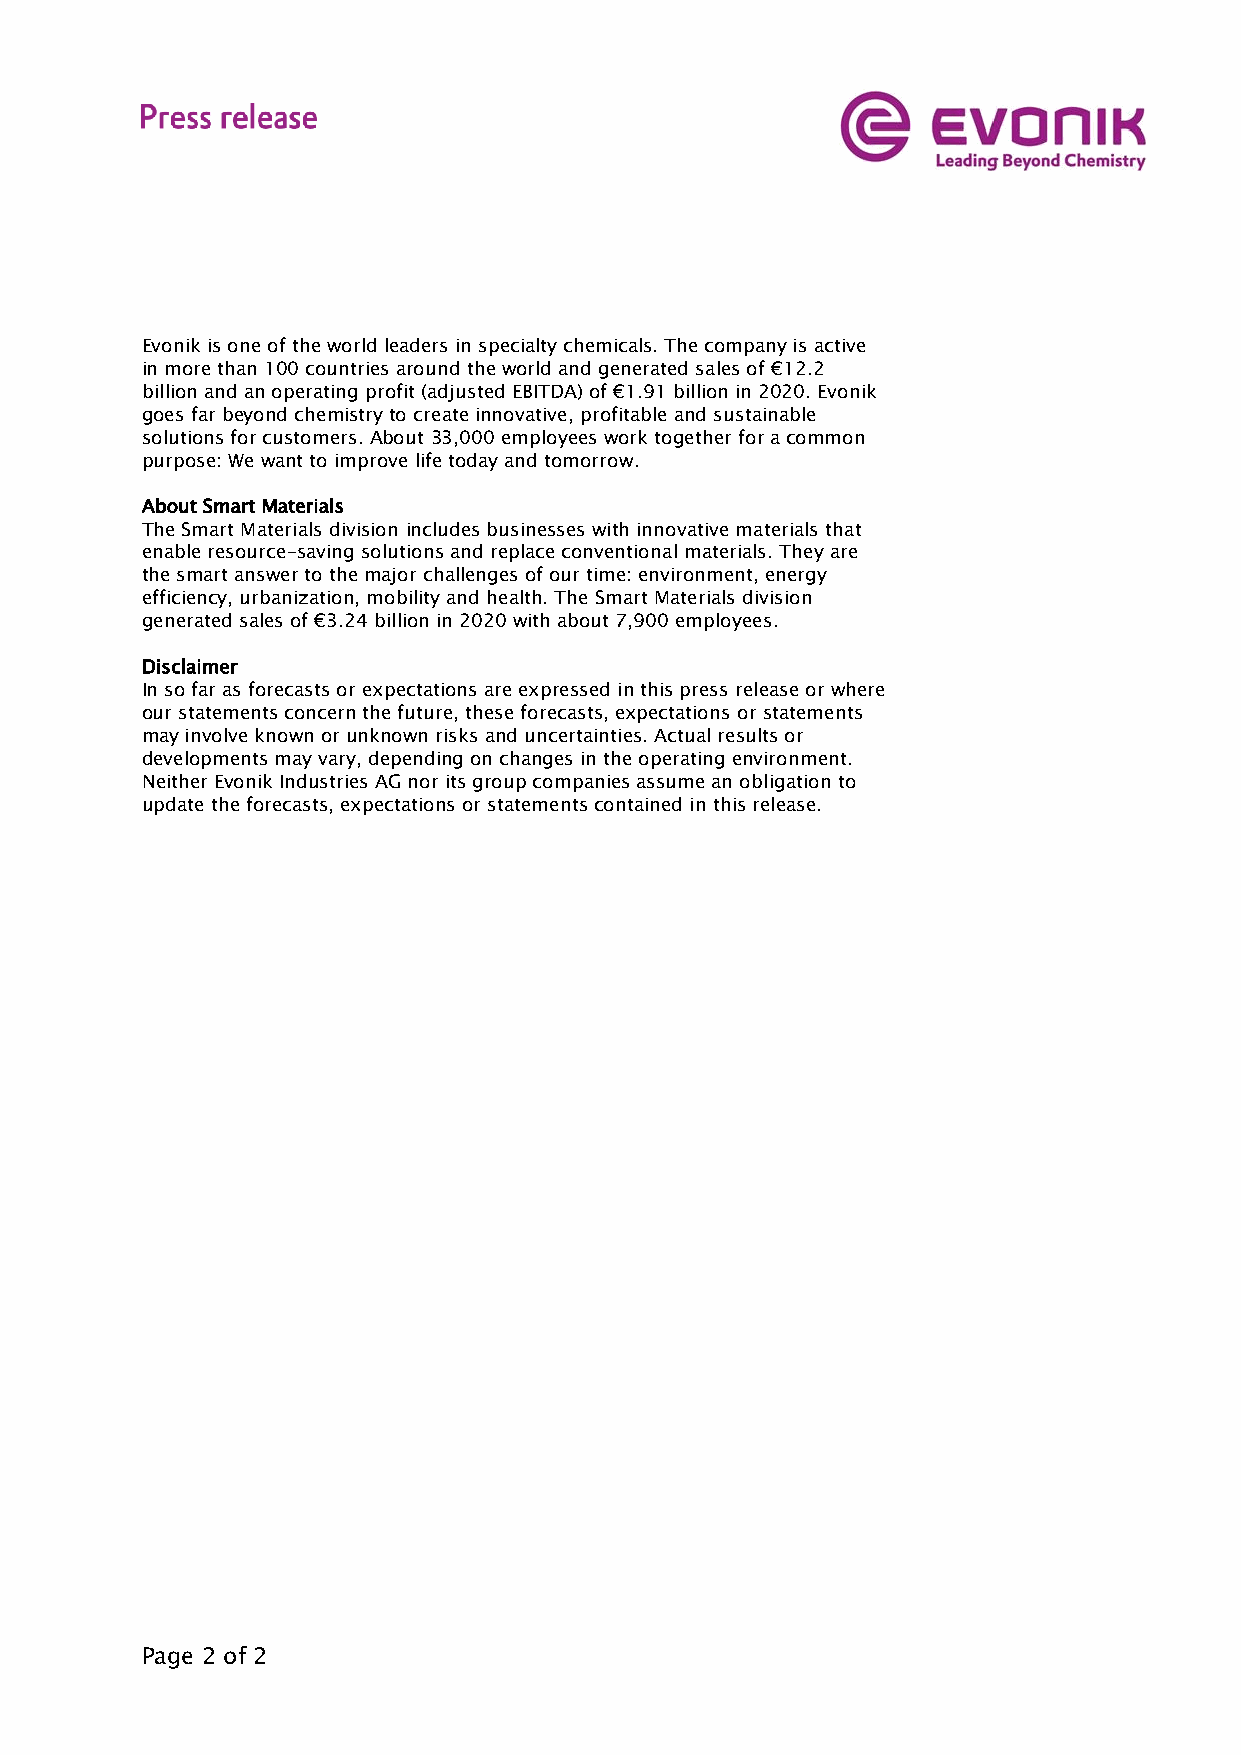
Evonik is one of the world leaders in specialty chemicals. The company is active
 in more than 100 countries around the world and generated sales of €12.2
 billion and an operating profit (adjusted EBITDA) of €1.91 billion in 2020. Evonik
 goes far beyond chemistry to create innovative, profitable and sustainable
 solutions for customers. About 33,000 employees work together for a common
 purpose: We want to improve life today and tomorrow.
 About Smart Materials
 The Smart Materials division includes businesses with innovative materials that
 enable resource-saving solutions and replace conventional materials. They are
 the smart answer to the major challenges of our time: environment, energy
 efficiency, urbanization, mobility and health. The Smart Materials division
 generated sales of €3.24 billion in 2020 with about 7,900 employees.
 Disclaimer
 In so far as forecasts or expectations are expressed in this press release or where
 our statements concern the future, these forecasts, expectations or statements
 may involve known or unknown risks and uncertainties. Actual results or
 developments may vary, depending on changes in the operating environment.
 Neither Evonik Industries AG nor its group companies assume an obligation to
 update the forecasts, expectations or statements contained in this release.
 Page 2 of 2